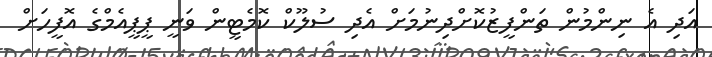
އަދި އެ ނިންމުން ތަންފީޒުކޮށްދިނުމަށް އެދި ސުލޫކް ކޮމެޓީން ވަނީ ޕީޕީއެމްގެ އޮފީހަށް